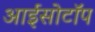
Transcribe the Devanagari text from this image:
आईसोटॉप